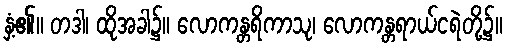
နှံ့၏။ တဒါ၊ ထိုအခါ၌။ လောကန္တရိကာသု၊ လောကန္တရာယ်ငရဲတို့၌။